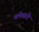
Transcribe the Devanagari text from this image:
थलेस्सरी